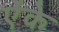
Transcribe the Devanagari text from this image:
ऐंके